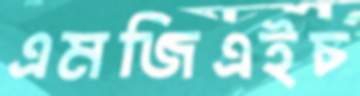
এমজিএইচ